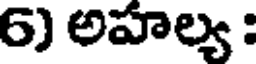
6) అహల్య :